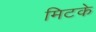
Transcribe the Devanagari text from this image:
मिटके